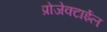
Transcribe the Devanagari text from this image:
प्रोजेक्टाईल